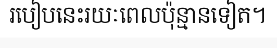
របៀបនេះរយៈពេលប៉ុន្មានទៀត។